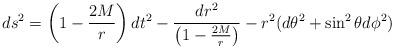
LaTeX: \begin{align*}ds^2 = \left(1-\frac{2M}{r}\right) dt^2 - \frac{dr^2}{ \left(1-\frac{2M}{r}\right)} - r^2 (d\theta^2 + \sin^2\theta d\phi^2) \end{align*}